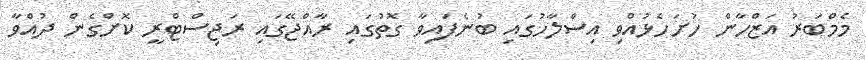
މެމްބަރު އަޒްހާން ހުށަހެޅުއްވި އިސްލާހުގައި ބުނެފައިވާ ގޮތުގައި ރާއްޖޭގައި ރަޖިސްޓްރީ ކޮށްގެން ދުއްވާ